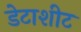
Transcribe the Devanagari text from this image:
डेटाशीट